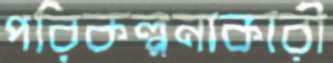
পরিকল্পনাকারী